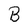
Character: B